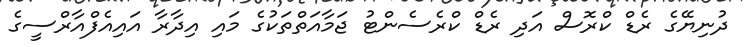
ދުނިޔޭގެ ރެޑް ކްރޮސް އަދި ރެޑް ކްރެސެންޓު ޖަމާއަތްތަކުގެ މައި އިދާރާ އައިއެފްއާރްސީގެ